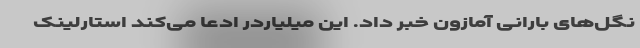
نگل‌های بارانی آمازون خبر داد. این میلیاردر ادعا می‌کند استارلینک